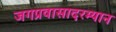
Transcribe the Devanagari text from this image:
जगप्रवासादरम्यान